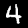
Label: 4